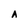
Character: A